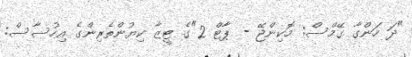
"ދަ ހަންގާ ގޭމްސް: މޮކިންޖޭ - ޕާޓް 2"ގެ ޓީޒާ ކިޔުންތެރިންގެ އިހުސާސް: